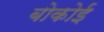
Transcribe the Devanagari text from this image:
बोकोई